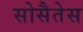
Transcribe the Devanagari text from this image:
सोसैतेस